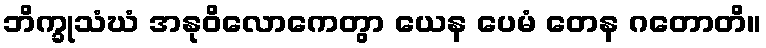
ဘိက္ခုသံဃံ အနုဝိလောကေတွာ ယေန ပေမံ တေန ဂတောတိ။